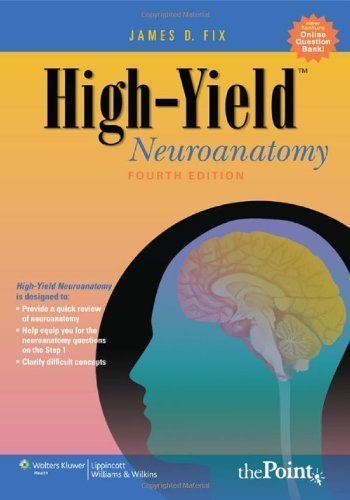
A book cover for High-Yield(TM) Neuroanatomy (High-Yield Series) by Fix, James D. Published by Lippincott Williams & Wilkins 4th (fourth) edition (2008) Paperback; Medical Books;